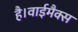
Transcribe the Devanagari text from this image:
है।वाईमैक्स